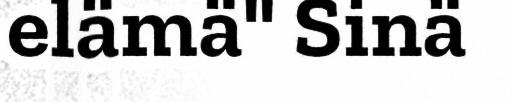
elämä" Sinä